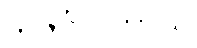
ကဇင်္ဂလိကာယ